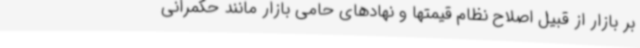
بر بازار از قبیل اصلاح نظام قیمتها و نهادهای حامی بازار مانند حکمرانی